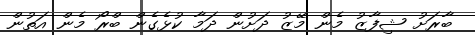
ބާރަށު ޝިފާޒު މެން މޭޒު ދަށުން ދަމާ ކުޅެގެން ބްރޯ މެން އަތުން